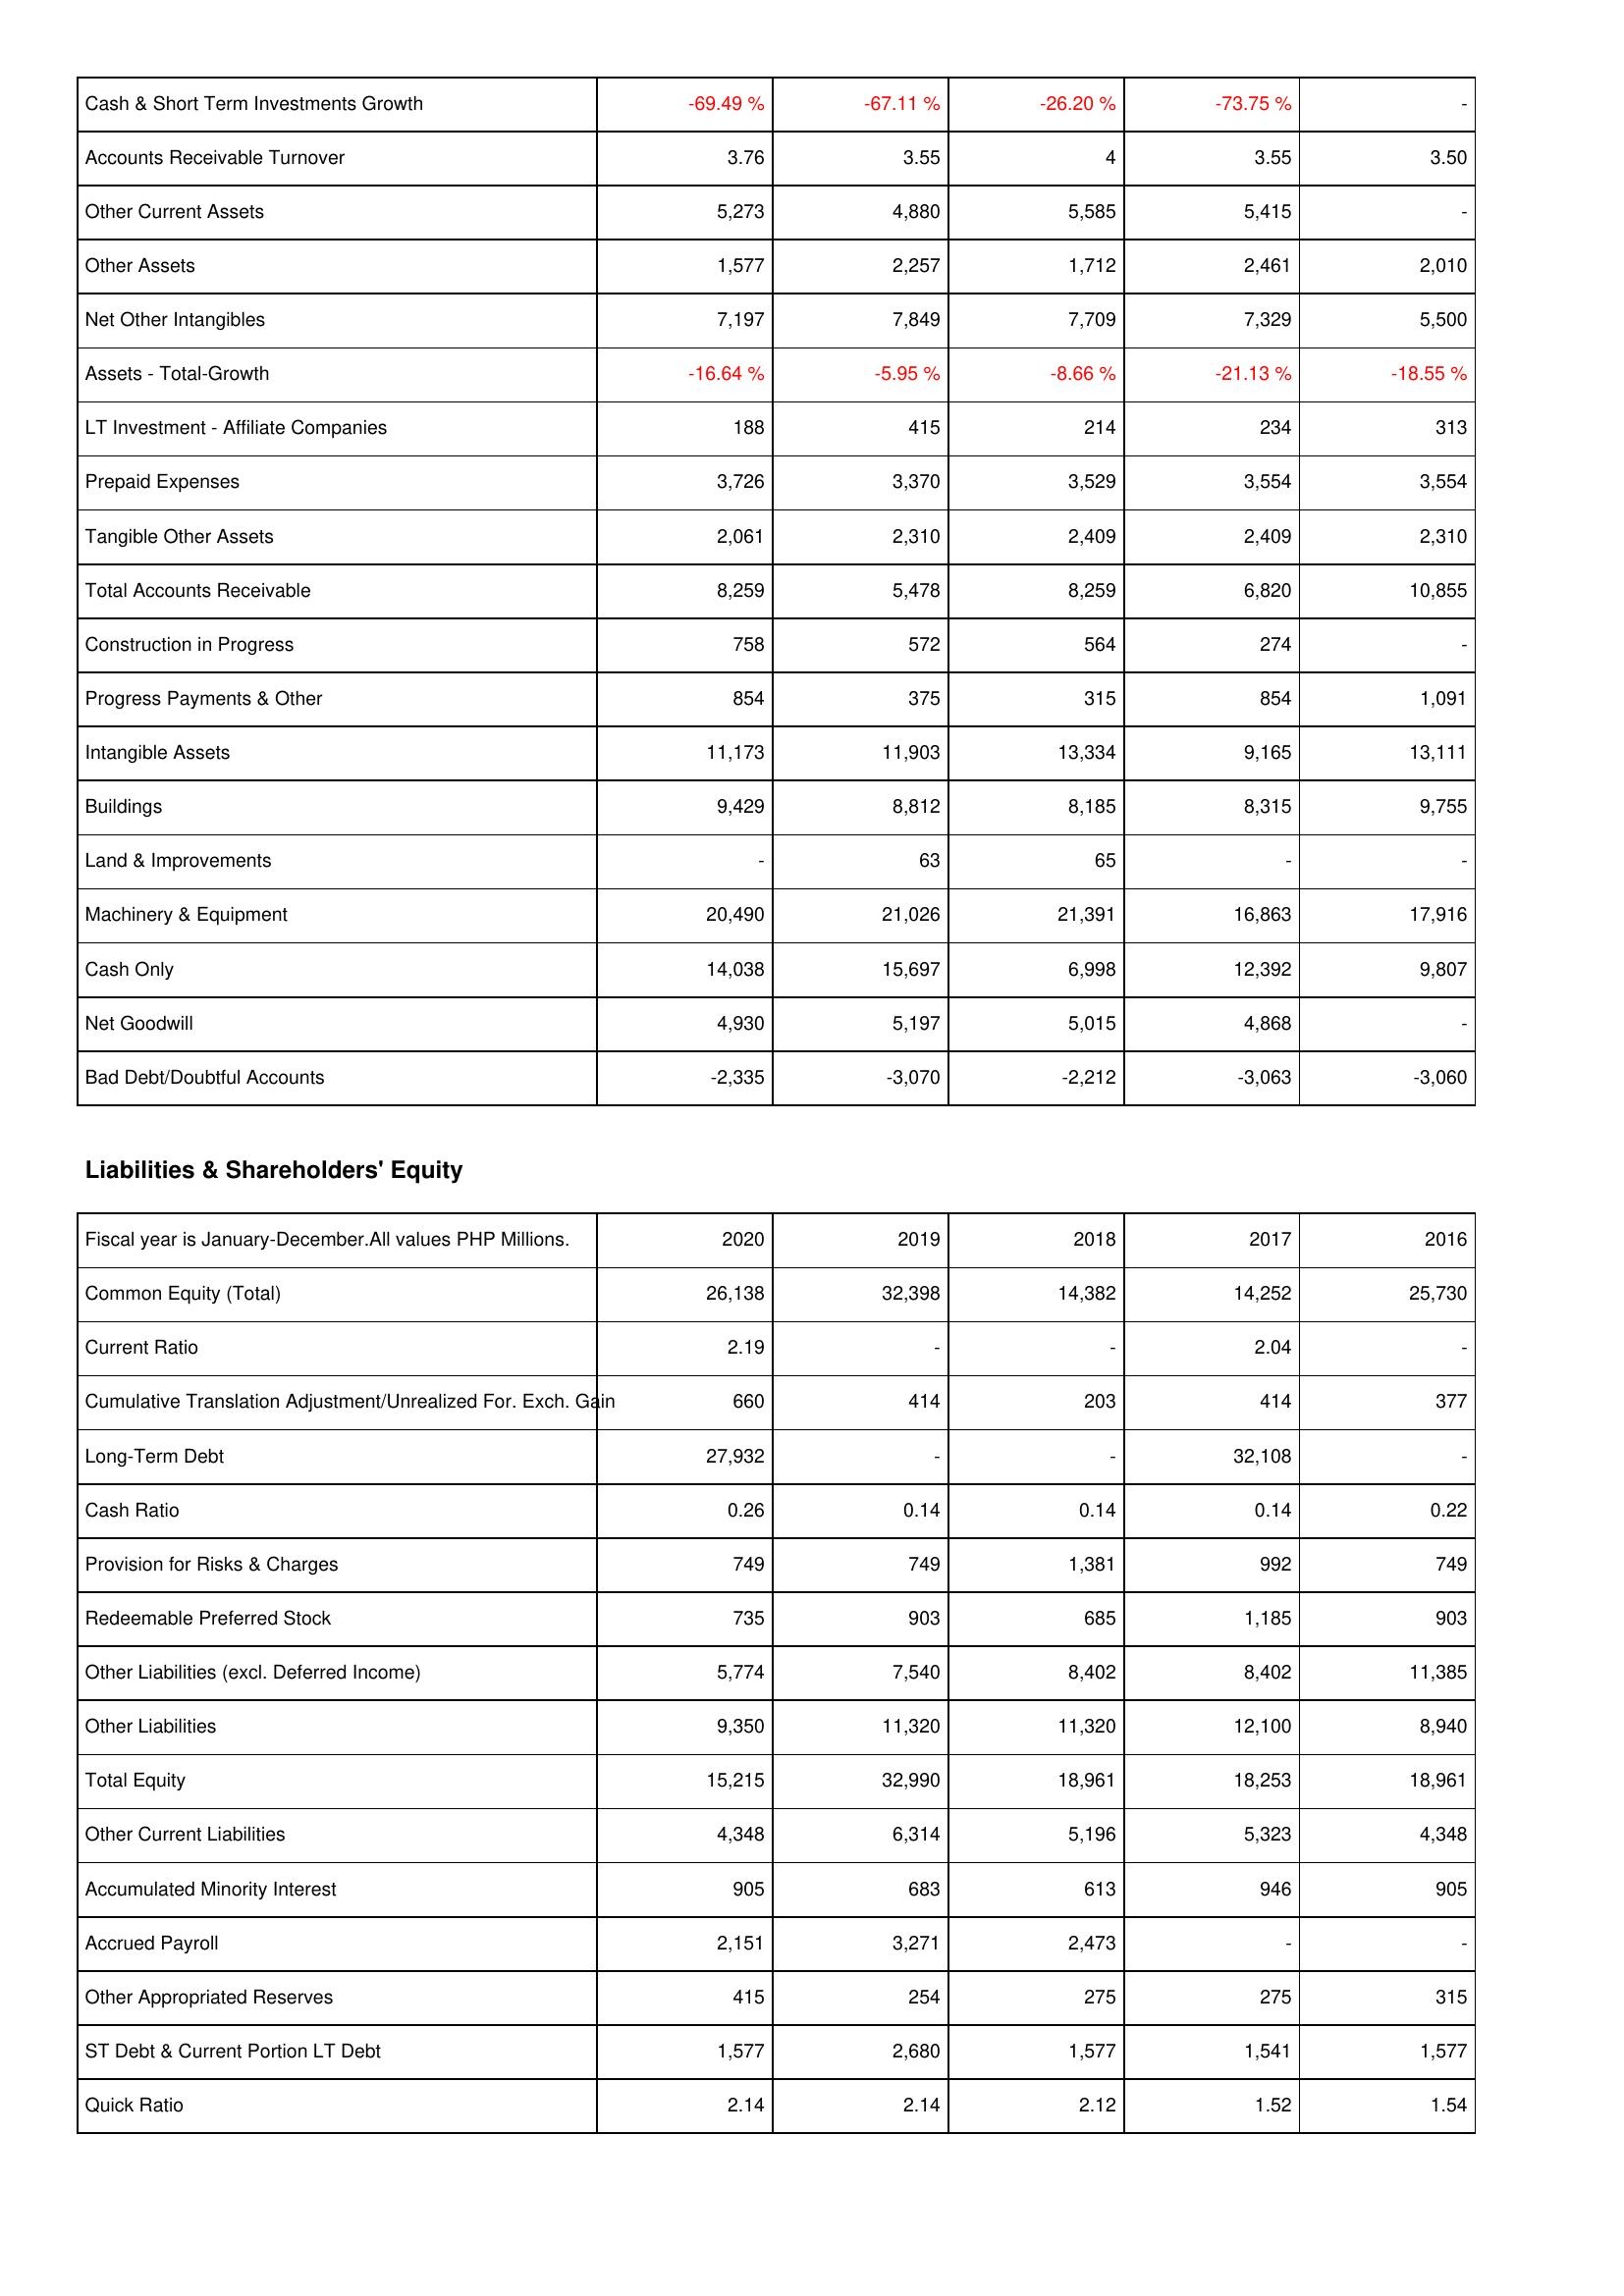
2020: Assets: Cash & Short Term Investments Growth: -69.49 %
Accounts Receivable Turnover: 3.76
Other Current Assets: 5,273
Other Assets: 1,577
Net Other Intangibles: 7,197
Assets - Total-Growth: -16.64 %
LT Investment - Affiliate Companies: 188
Prepaid Expenses: 3,726
Tangible Other Assets: 2,061
Total Accounts Receivable: 8,259
Construction in Progress: 758
Progress Payments & Other: 854
Intangible Assets: 11,173
Buildings: 9,429
Land & Improvements: -
Machinery & Equipment: 20,490
Cash Only: 14,038
Net Goodwill: 4,930
Bad Debt/Doubtful Accounts: -2,335
Liabilities & Shareholders' Equity: Common Equity (Total): 26,138
Current Ratio: 2.19
Cumulative Translation Adjustment/Unrealized For. Exch. Gain: 660
Long-Term Debt: 27,932
Cash Ratio: 0.26
Provision for Risks & Charges: 749
Redeemable Preferred Stock: 735
Other Liabilities (excl. Deferred Income): 5,774
Other Liabilities: 9,350
Total Equity: 15,215
Other Current Liabilities: 4,348
Accumulated Minority Interest: 905
Accrued Payroll: 2,151
Other Appropriated Reserves: 415
ST Debt & Current Portion LT Debt: 1,577
Quick Ratio: 2.14
2019: Assets: Cash & Short Term Investments Growth: -67.11 %
Accounts Receivable Turnover: 3.55
Other Current Assets: 4,880
Other Assets: 2,257
Net Other Intangibles: 7,849
Assets - Total-Growth: -5.95 %
LT Investment - Affiliate Companies: 415
Prepaid Expenses: 3,370
Tangible Other Assets: 2,310
Total Accounts Receivable: 5,478
Construction in Progress: 572
Progress Payments & Other: 375
Intangible Assets: 11,903
Buildings: 8,812
Land & Improvements: 63
Machinery & Equipment: 21,026
Cash Only: 15,697
Net Goodwill: 5,197
Bad Debt/Doubtful Accounts: -3,070
Liabilities & Shareholders' Equity: Common Equity (Total): 32,398
Current Ratio: -
Cumulative Translation Adjustment/Unrealized For. Exch. Gain: 414
Long-Term Debt: -
Cash Ratio: 0.14
Provision for Risks & Charges: 749
Redeemable Preferred Stock: 903
Other Liabilities (excl. Deferred Income): 7,540
Other Liabilities: 11,320
Total Equity: 32,990
Other Current Liabilities: 6,314
Accumulated Minority Interest: 683
Accrued Payroll: 3,271
Other Appropriated Reserves: 254
ST Debt & Current Portion LT Debt: 2,680
Quick Ratio: 2.14
2018: Assets: Cash & Short Term Investments Growth: -26.20 %
Accounts Receivable Turnover: 4
Other Current Assets: 5,585
Other Assets: 1,712
Net Other Intangibles: 7,709
Assets - Total-Growth: -8.66 %
LT Investment - Affiliate Companies: 214
Prepaid Expenses: 3,529
Tangible Other Assets: 2,409
Total Accounts Receivable: 8,259
Construction in Progress: 564
Progress Payments & Other: 315
Intangible Assets: 13,334
Buildings: 8,185
Land & Improvements: 65
Machinery & Equipment: 21,391
Cash Only: 6,998
Net Goodwill: 5,015
Bad Debt/Doubtful Accounts: -2,212
Liabilities & Shareholders' Equity: Common Equity (Total): 14,382
Current Ratio: -
Cumulative Translation Adjustment/Unrealized For. Exch. Gain: 203
Long-Term Debt: -
Cash Ratio: 0.14
Provision for Risks & Charges: 1,381
Redeemable Preferred Stock: 685
Other Liabilities (excl. Deferred Income): 8,402
Other Liabilities: 11,320
Total Equity: 18,961
Other Current Liabilities: 5,196
Accumulated Minority Interest: 613
Accrued Payroll: 2,473
Other Appropriated Reserves: 275
ST Debt & Current Portion LT Debt: 1,577
Quick Ratio: 2.12
2017: Assets: Cash & Short Term Investments Growth: -73.75 %
Accounts Receivable Turnover: 3.55
Other Current Assets: 5,415
Other Assets: 2,461
Net Other Intangibles: 7,329
Assets - Total-Growth: -21.13 %
LT Investment - Affiliate Companies: 234
Prepaid Expenses: 3,554
Tangible Other Assets: 2,409
Total Accounts Receivable: 6,820
Construction in Progress: 274
Progress Payments & Other: 854
Intangible Assets: 9,165
Buildings: 8,315
Land & Improvements: -
Machinery & Equipment: 16,863
Cash Only: 12,392
Net Goodwill: 4,868
Bad Debt/Doubtful Accounts: -3,063
Liabilities & Shareholders' Equity: Common Equity (Total): 14,252
Current Ratio: 2.04
Cumulative Translation Adjustment/Unrealized For. Exch. Gain: 414
Long-Term Debt: 32,108
Cash Ratio: 0.14
Provision for Risks & Charges: 992
Redeemable Preferred Stock: 1,185
Other Liabilities (excl. Deferred Income): 8,402
Other Liabilities: 12,100
Total Equity: 18,253
Other Current Liabilities: 5,323
Accumulated Minority Interest: 946
Accrued Payroll: -
Other Appropriated Reserves: 275
ST Debt & Current Portion LT Debt: 1,541
Quick Ratio: 1.52
2016: Assets: Cash & Short Term Investments Growth: -
Accounts Receivable Turnover: 3.50
Other Current Assets: -
Other Assets: 2,010
Net Other Intangibles: 5,500
Assets - Total-Growth: -18.55 %
LT Investment - Affiliate Companies: 313
Prepaid Expenses: 3,554
Tangible Other Assets: 2,310
Total Accounts Receivable: 10,855
Construction in Progress: -
Progress Payments & Other: 1,091
Intangible Assets: 13,111
Buildings: 9,755
Land & Improvements: -
Machinery & Equipment: 17,916
Cash Only: 9,807
Net Goodwill: -
Bad Debt/Doubtful Accounts: -3,060
Liabilities & Shareholders' Equity: Common Equity (Total): 25,730
Current Ratio: -
Cumulative Translation Adjustment/Unrealized For. Exch. Gain: 377
Long-Term Debt: -
Cash Ratio: 0.22
Provision for Risks & Charges: 749
Redeemable Preferred Stock: 903
Other Liabilities (excl. Deferred Income): 11,385
Other Liabilities: 8,940
Total Equity: 18,961
Other Current Liabilities: 4,348
Accumulated Minority Interest: 905
Accrued Payroll: -
Other Appropriated Reserves: 315
ST Debt & Current Portion LT Debt: 1,577
Quick Ratio: 1.54